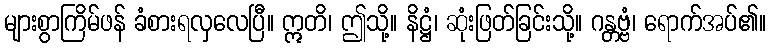
များစွာကြိမ်ဖန် ခံစားရလှလေပြီ။ ဣတိ၊ ဤသို့။ နိဋ္ဌံ၊ ဆုံးဖြတ်ခြင်းသို့။ ဂန္တဗ္ဗံ၊ ရောက်အပ်၏။